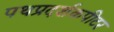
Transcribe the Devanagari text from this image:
पथप्रदर्शकपीटर